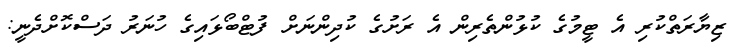
ޒިޔާރަތްކުރި އެ ޓީމުގެ ކުޅުންތެރިން އެ ރަށުގެ ކުދިންނަށް ފުޓްބޯޅައިގެ ހުނަރު ދަސްކޮށްދެނީ: